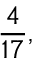
{ \frac { 4 } { 1 7 } } ,